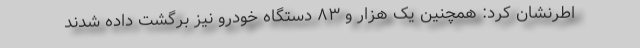
اطرنشان کرد: همچنین یک هزار و ۸۳ دستگاه خودرو نیز برگشت داده شدند